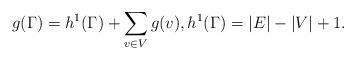
LaTeX: \begin{align*}g(\Gamma) = h^1(\Gamma)+\sum_{v\in V} g(v), h^1(\Gamma)=|E|-|V|+1.\end{align*}